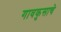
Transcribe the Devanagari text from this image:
गावकुसाचे